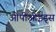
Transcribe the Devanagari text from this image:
ओपीओइड्स